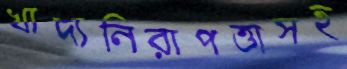
খাদ্যনিরাপত্তাসহ